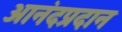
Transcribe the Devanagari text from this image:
आनंदप्रदान